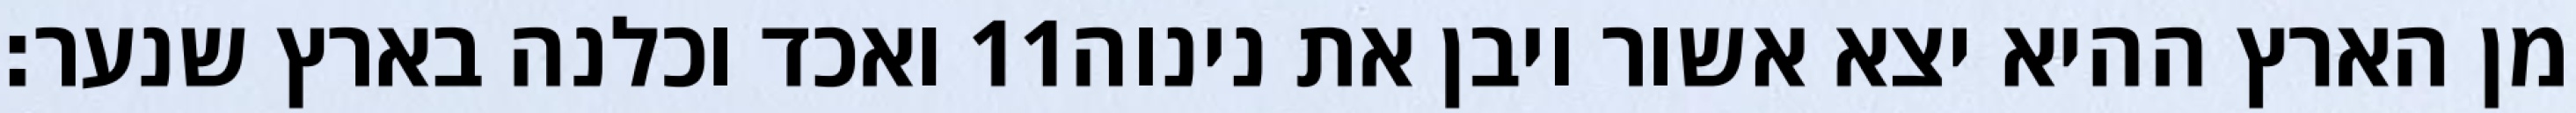
ואכד וכלנה בארץ שנער׃ ‎11‏ מן הארץ ההיא יצא אשור ויבן את נינוה